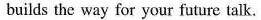
builds the way for your future talk.